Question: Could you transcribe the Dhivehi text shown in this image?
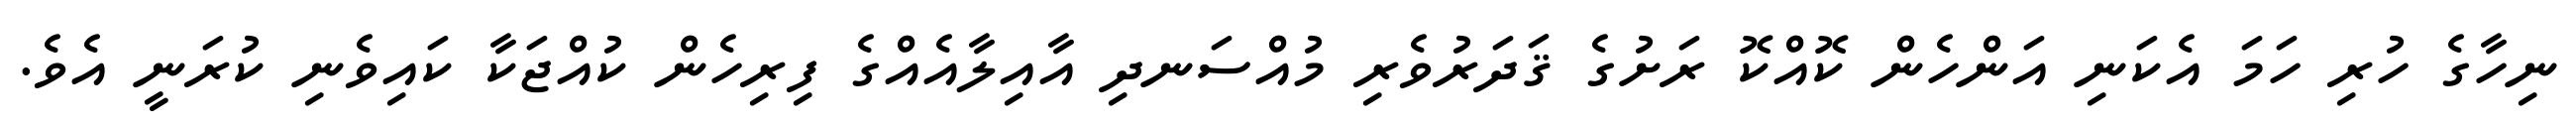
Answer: ނިހާގެ ހުރި ހަމަ އެކަނި އަންހެން ކޮއްކޮ ރަށުގެ ޤަދަރުވެރި މުއްސަނދި އާއިލާއެއްގެ ފިރިހެން ކުއްޖަކާ ކައިވެނި ކުރަނީ އެވެ.